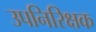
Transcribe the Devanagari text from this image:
उपनिरिक्षक